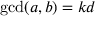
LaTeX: \operatorname* { g c d } ( a , b ) = k d